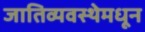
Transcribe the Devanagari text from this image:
जातिव्यवस्थेमधून